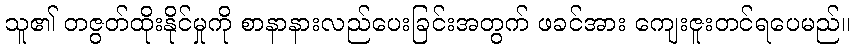
သူ၏ တဇွတ်ထိုးနိုင်မှုကို စာနာနားလည်ပေးခြင်းအတွက် ဖခင်အား ကျေးဇူးတင်ရပေမည်။